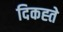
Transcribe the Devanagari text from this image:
दिकह्ते